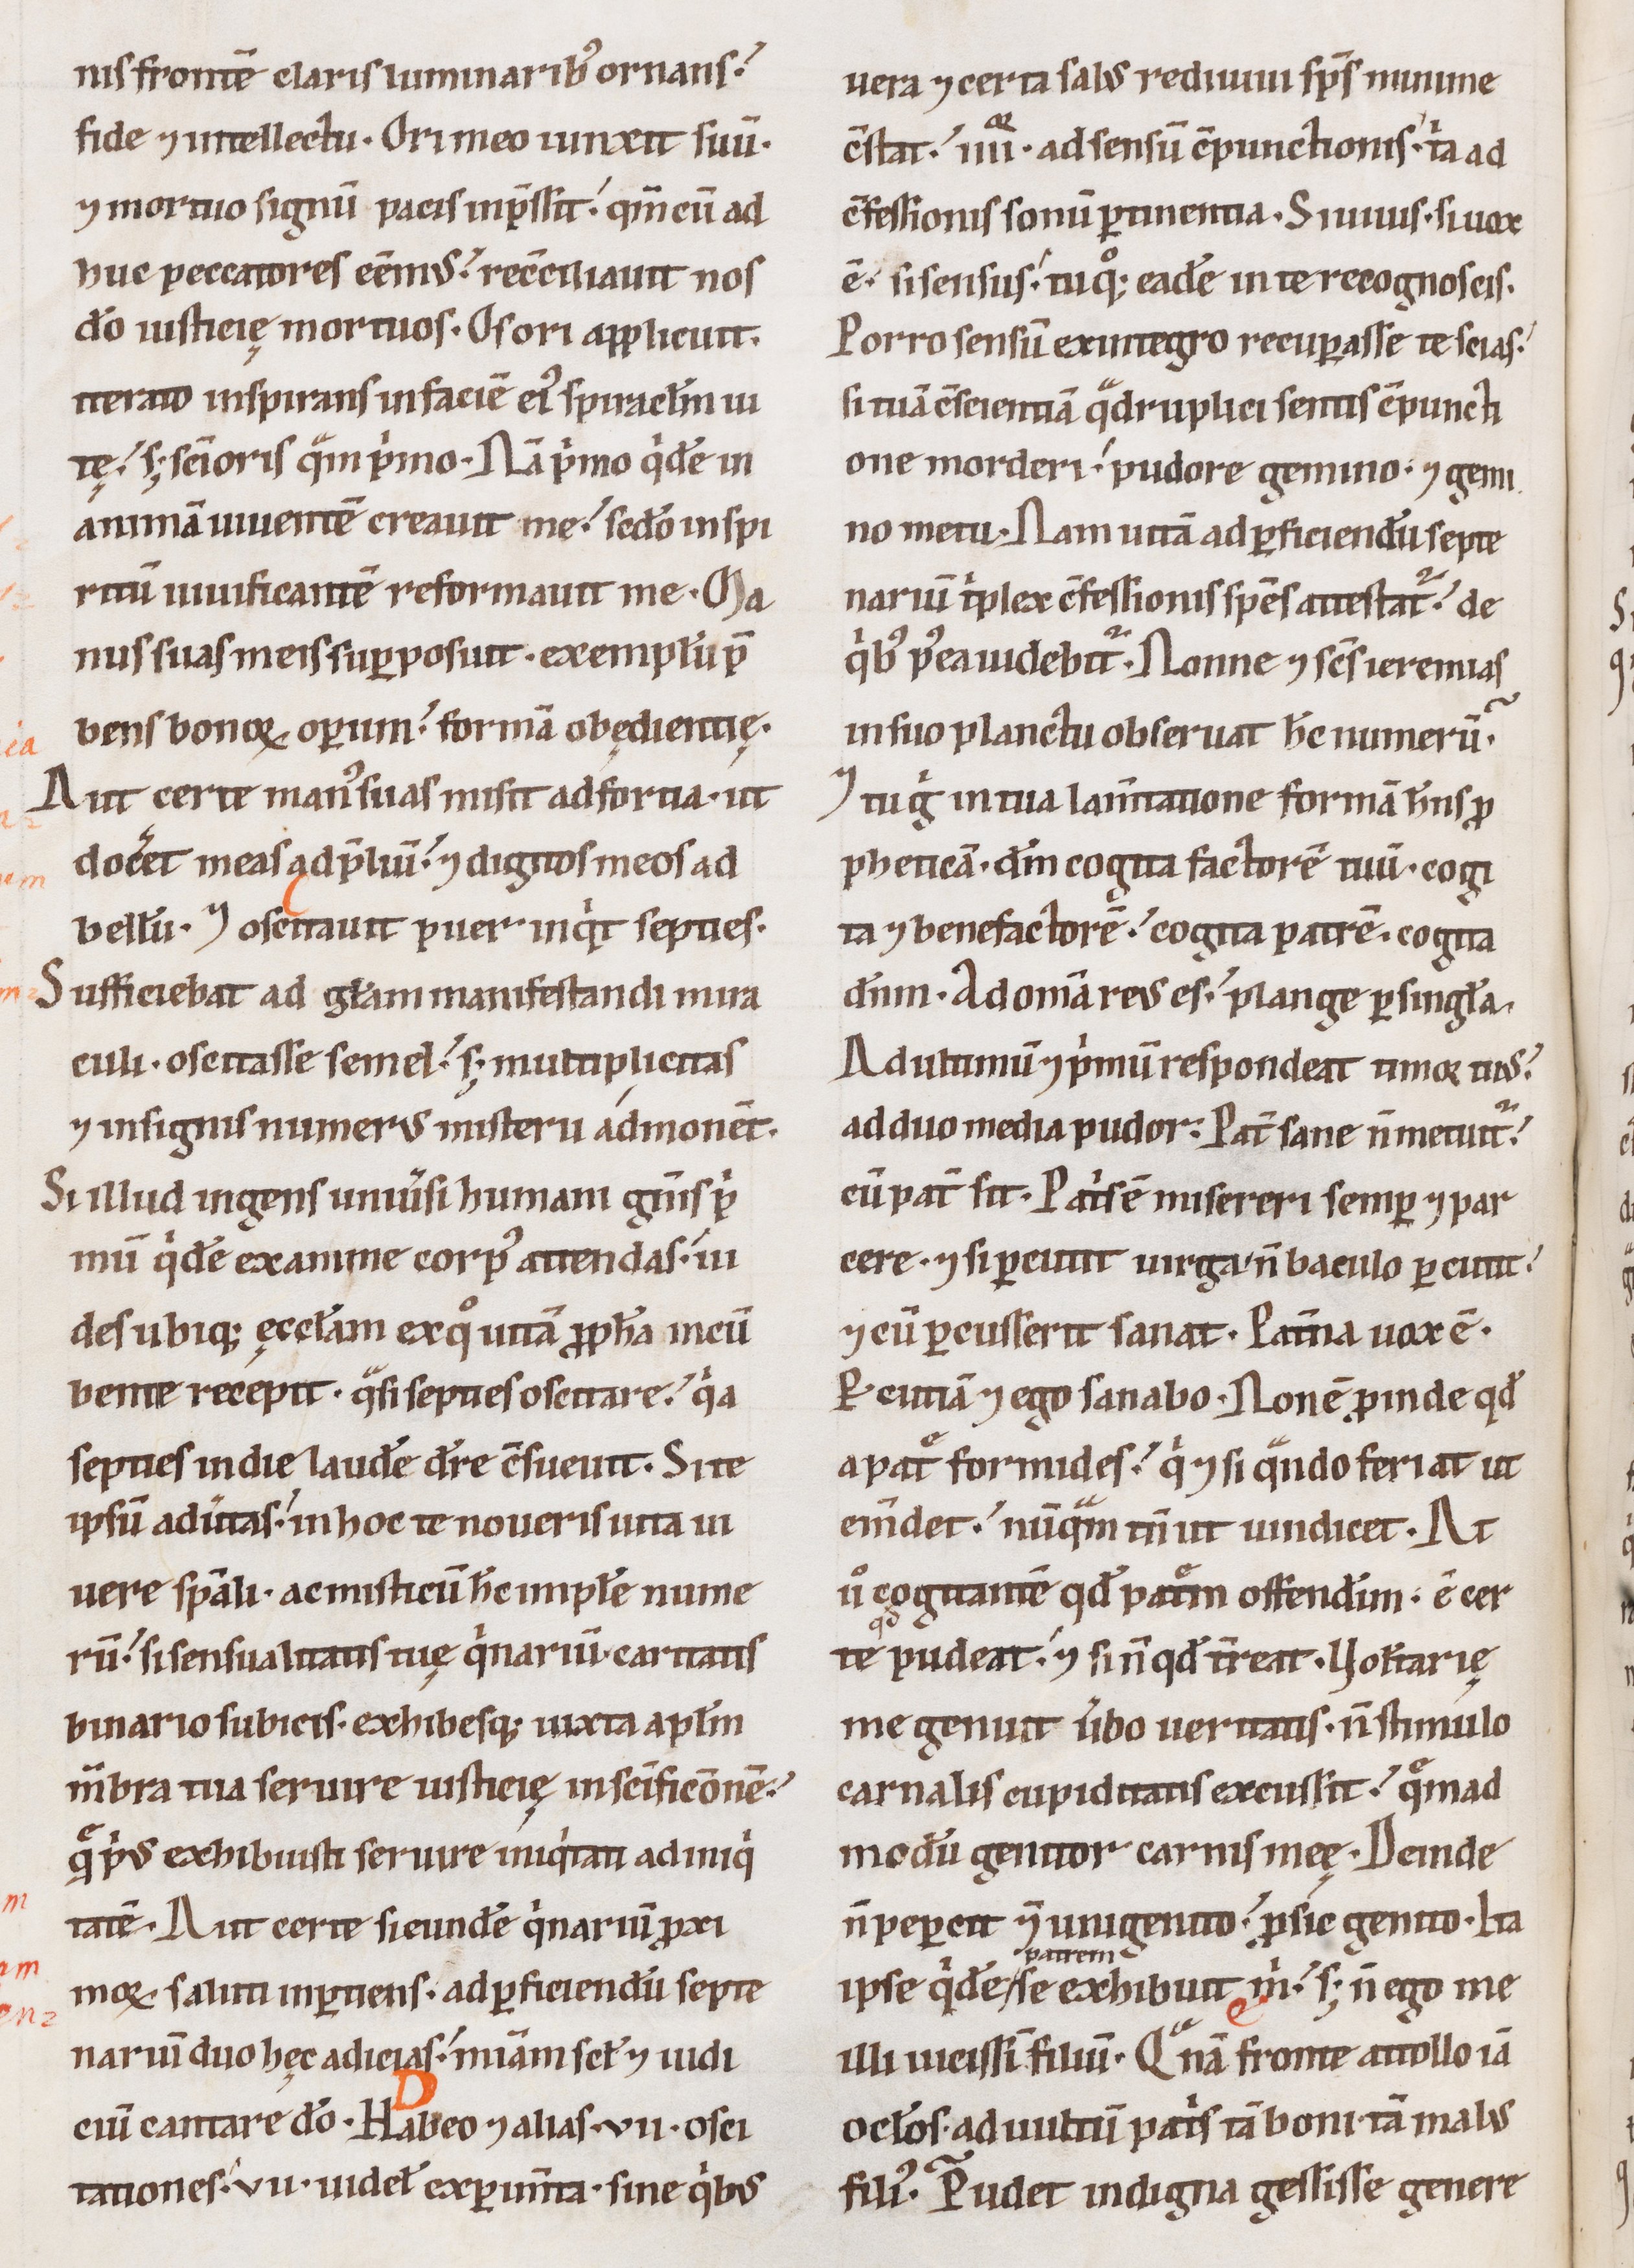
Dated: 1100–1199